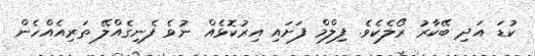
ކުޑަ އަދި ބޭކާރު ރޯލެކެވެ. ފިލްމް ފަށައި އިރުކޮޅެއް ނުވެ ފެނިގެއްލޭ ތަރިއެއްހެން